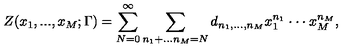
Z ( x _ { 1 } , . . . , x _ { M } ; \Gamma ) = \sum _ { N = 0 } ^ { \infty } \sum _ { n _ { 1 } + . . . n _ { M } = N } d _ { n _ { 1 } , . . . , n _ { M } } x _ { 1 } ^ { n _ { 1 } } \cdot \cdot \cdot x _ { M } ^ { n _ { M } } ,